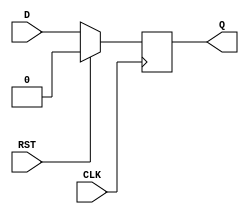
module dff_with_reset (
    input wire D,
    input wire CLK,
    input wire RST,
    output reg Q
);

always @(posedge CLK) begin
    if (RST) begin
        Q <= 1'b0; // Reset to known state
    end else begin
        Q <= D; // Change state only on rising edge of clock when reset is inactive
    end
end

endmodule